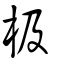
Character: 极